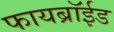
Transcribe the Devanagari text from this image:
फायब्रॉईड